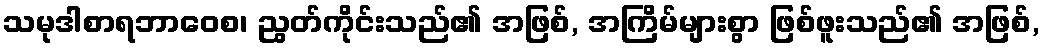
သမုဒါစာရဘာဝေစ၊ ညွတ်ကိုင်းသည်၏ အဖြစ်, အကြိမ်များစွာ ဖြစ်ဖူးသည်၏ အဖြစ်,